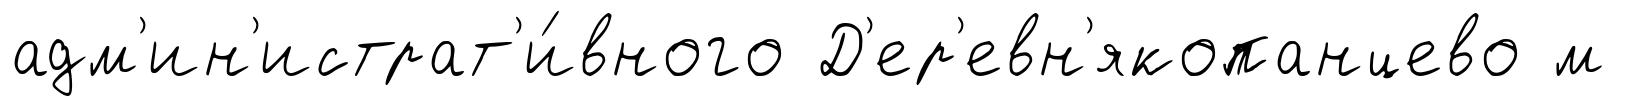
адм'ин'истрат'и́вного Д'ер'евн'якопанцево м